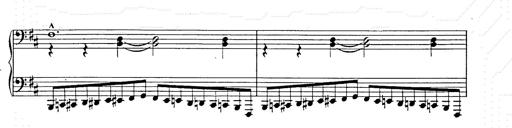
Title: Ballade No.2
Composer: Jan Skrzydlewski
Key: B minor